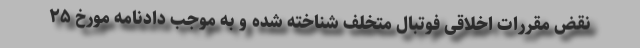
نقض مقررات اخلاقی فوتبال متخلف شناخته شده و به موجب دادنامه مورخ ۲۵